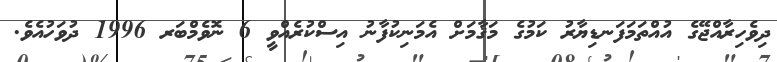
ދިވެހިރާއްޖޭގެ އުއްތަމަފަނޑިޔާރު ކަމުގެ މަޤާމަށް އެމަނިކުފާނު އިސްކުރެއްވީ 6 ނޮވެމްބަރ 1996 ދުވަހުއެވެ.